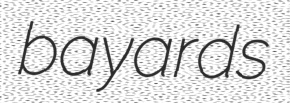
bayards